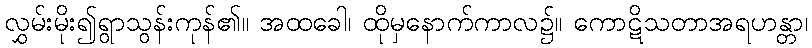
လွှမ်းမိုး၍ရွာသွန်းကုန်၏။ အထခေါ၊ ထိုမှနောက်ကာလ၌။ ကောဋိသတာအရဟန္တာ၊